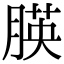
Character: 朠